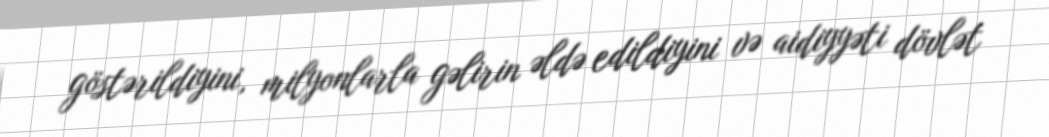
göstərildiyini, milyonlarla gəlirin əldə edildiyini və aidiyyəti dövlət